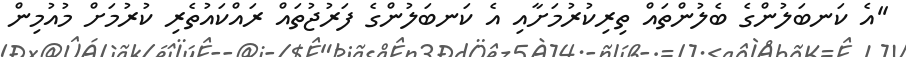
''އެ ކަނބަލުންގެ ބެލުންތައް ތިރިކުރުމަށާއި އެ ކަނބަލުންގެ ފަރުޖުތައް ރައްކައުތެރި ކުރުމަށް މުއުމިން